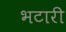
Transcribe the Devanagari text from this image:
भटारी